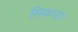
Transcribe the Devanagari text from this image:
सिकाडा।